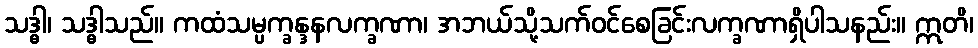
သဒ္ဓါ၊ သဒ္ဓါသည်။ ကထံသမ္ပက္ခန္ဒနလက္ခဏာ၊ အဘယ်သို့သက်ဝင်စေခြင်းလက္ခဏာရှိပါသနည်း။ ဣတိ၊